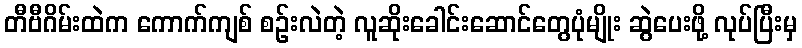
တီဗီဂိမ်းထဲက ကောက်ကျစ် စဉ်းလဲတဲ့ လူဆိုးခေါင်းဆောင်တွေပုံမျိုး ဆွဲပေးဖို့ လုပ်ပြီးမှ